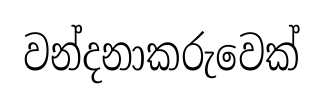
වන්දනාකරුවෙක්